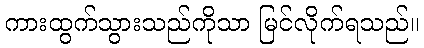
ကားထွက်သွားသည်ကိုသာ မြင်လိုက်ရသည်။